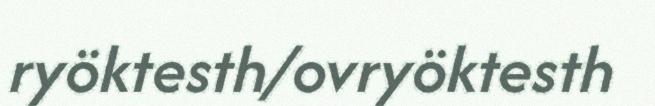
ryöktesth/ovryöktesth